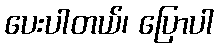
ပေးပါတယ်၊ ပြောပါ